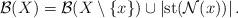
LaTeX: \begin{align*} \mathcal{B}(X) = \mathcal{B}(X \setminus \{x\}) \cup \left|\operatorname{st}(\mathcal{N}(x))\right|.\\\end{align*}